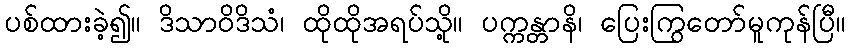
ပစ်ထားခဲ့၍။ ဒိသာဝိဒိသံ၊ ထိုထိုအရပ်သို့။ ပက္ကန္တာနိ၊ ပြေးကြွတော်မူကုန်ပြီ။